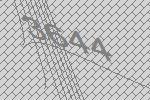
3644